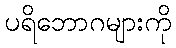
ပရိဘောဂများကို